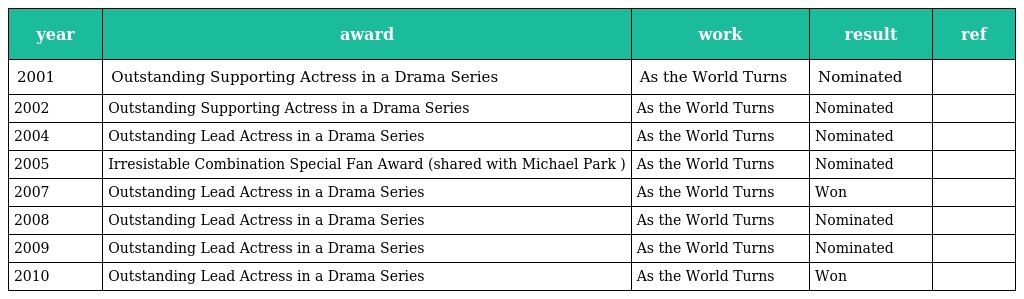
| year | award | work | result | ref |
 | --- | --- | --- | --- | --- |
 | 2001 | Outstanding Supporting Actress in a Drama Series | As the World Turns | Nominated |  |
 | 2002 | Outstanding Supporting Actress in a Drama Series | As the World Turns | Nominated |  |
 | 2004 | Outstanding Lead Actress in a Drama Series | As the World Turns | Nominated |  |
 | 2005 | Irresistable Combination Special Fan Award (shared with Michael Park ) | As the World Turns | Nominated |  |
 | 2007 | Outstanding Lead Actress in a Drama Series | As the World Turns | Won |  |
 | 2008 | Outstanding Lead Actress in a Drama Series | As the World Turns | Nominated |  |
 | 2009 | Outstanding Lead Actress in a Drama Series | As the World Turns | Nominated |  |
 | 2010 | Outstanding Lead Actress in a Drama Series | As the World Turns | Won |  |